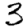
Digit: 3